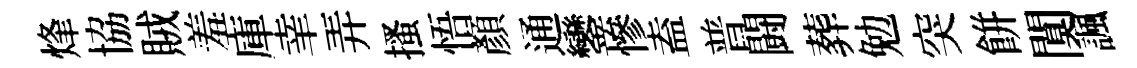
烽協賊羞庫𦍒弄搔悟顔通鑾慘盍普闘葬勉突餅闃諷